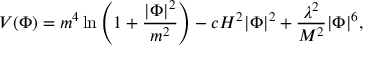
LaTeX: V ( \Phi ) = m ^ { 4 } \ln \left( 1 + \frac { | \Phi | ^ { 2 } } { m ^ { 2 } } \right) - c H ^ { 2 } | \Phi | ^ { 2 } + \frac { \lambda ^ { 2 } } { M ^ { 2 } } | \Phi | ^ { 6 } ,